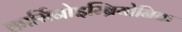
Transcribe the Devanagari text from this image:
कार्सिनोइम्ब्रियोनिक